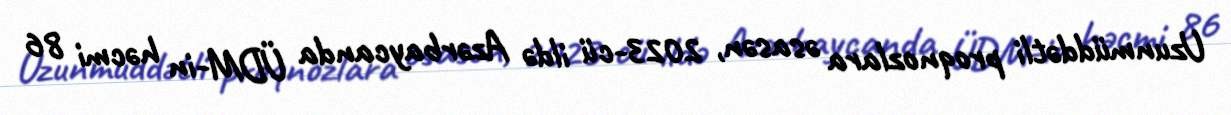
Uzunmüddətli proqnozlara əsasən, 2023-cü ildə Azərbaycanda ÜDM-in həcmi 86